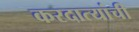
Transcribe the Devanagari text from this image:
करदात्यांची